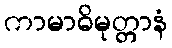
ကာမာဓိမုတ္တာနံ